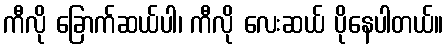
ကီလို ခြောက်ဆယ်ပါ၊ ကီလို လေးဆယ် ပိုနေပါတယ်။